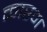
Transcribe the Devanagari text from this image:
कारण